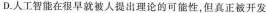
D.人工智能在很早就被人提出理论的可能性，但真正被开发